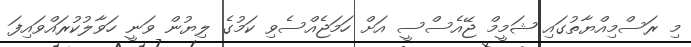
މި ރަސްމިއްޔާތުގައި ޝަމީމް ޖޭއެސްސީ އަށް ހަމަޖެއްސެވި ކަމުގެ ލިޔުން ވަނީ ހަވާލުކުރައްވައިފަ